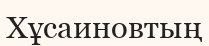
Хұсаиновтың